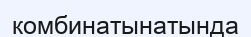
комбинатынатында